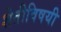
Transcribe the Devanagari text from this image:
शेतीविषयी